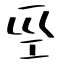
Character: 坙